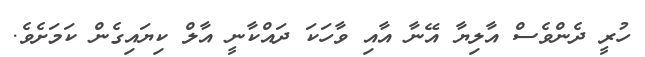
ހުރީ ދެންވެސް އާލިޔާ އޭނާ އާއި ވާހަކަ ދައްކާނީ އާލް ކިޔައިގެން ކަމަށެވެ.